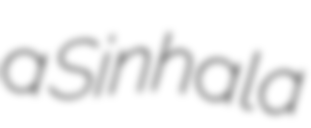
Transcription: a Sinhala